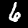
Digit: 6